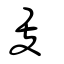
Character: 𥄎